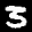
Label: 3